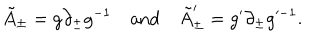
\tilde { A } _ { \pm } = g \partial _ { \pm } g ^ { - 1 } \quad \mathrm { a n d } \quad \tilde { A } _ { \pm } ^ { \prime } = g ^ { \prime } \partial _ { \pm } g ^ { \prime - 1 } .